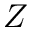
Z